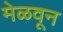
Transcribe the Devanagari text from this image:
मेळवून